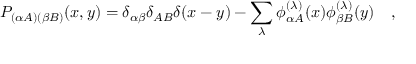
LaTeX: P _ { ( \alpha A ) ( \beta B ) } ( x , y ) = \delta _ { \alpha \beta } \delta _ { A B } \delta ( x - y ) - \sum _ { \lambda } \phi _ { \alpha A } ^ { ( \lambda ) } ( x ) \phi _ { \beta B } ^ { ( \lambda ) } ( y ) \quad ,